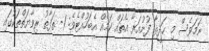
ނަމަވެސް މި ޙަދީޘާ ފުށުއަރާ އެތައް ކަމެއް އެބަހުއްޓެވެ: 1- ތަފާތު ރިވާޔަތްތަކުގައި